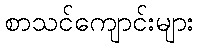
စာသင်ကျောင်းများ